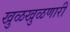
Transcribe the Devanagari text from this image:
खुळखुळणारी